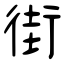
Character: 街